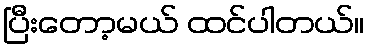
ပြီးတော့မယ် ထင်ပါတယ်။